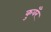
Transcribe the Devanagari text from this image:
कुवँर